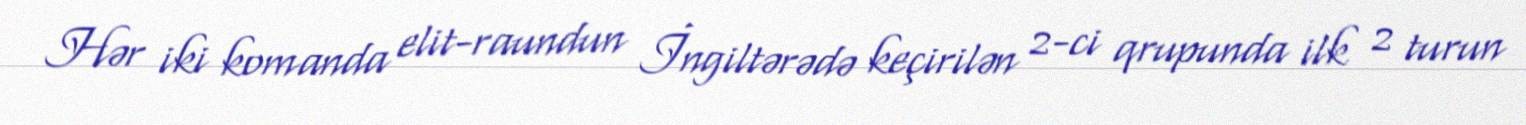
Hər iki komanda elit-raundun İngiltərədə keçirilən 2-ci qrupunda ilk 2 turun